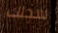
سجلك